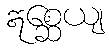
ဣစ္ဆေယျ